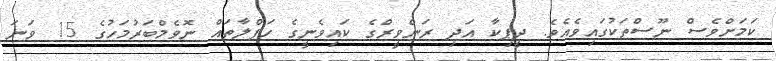
ކަމަށްވެސް ނޫސްތަކުގައިވެއެވެ. ދީޕިކާ އަދި ރަންވީރްގެ ކައިވެނީގެ ހަފްލާތައް ނޮވެމްބަރުމަހުގެ 15 ވަނަ